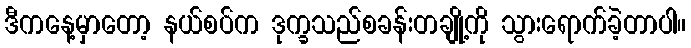
ဒီကနေ့မှာတော့ နယ်စပ်က ဒုက္ခသည်စခန်းတချို့ကို သွားရောက်ခဲ့တာပါ။